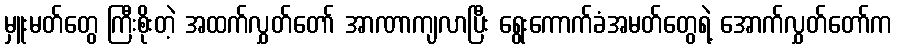
မှူးမတ်တွေ ကြီးစိုးတဲ့ အထက်လွှတ်တော် အာဏာကျလာပြီး ရွေးကောက်ခံအမတ်တွေရဲ့ အောက်လွှတ်တော်က